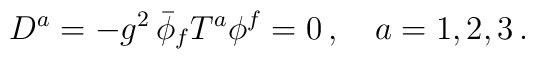
D^a =  - g^2\, \bar\phi_f T^a \phi^f =0\,,\quad a=1,2,3\,.